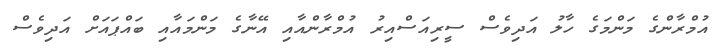
އުމްރާންގެ މަންމަގެ ހާލު އަދިވެސް ސީރިއަސްއިރު އުމްރާންއާއި އޭނާގެ މަންމައާއި ބައްޕައަށް އަދިވެސް